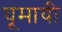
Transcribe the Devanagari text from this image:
घूमायी